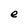
Character: e